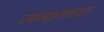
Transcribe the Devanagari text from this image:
सांतकुमारन